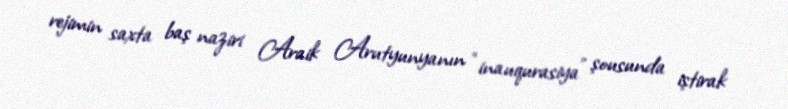
rejimin saxta baş naziri Araik Arutyunyanın “inauqurasiya” şousunda iştirak